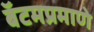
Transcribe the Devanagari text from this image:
बॅटमप्रमाणे